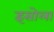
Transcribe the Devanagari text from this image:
इसोला